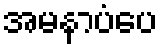
အမနာပံပေ